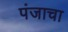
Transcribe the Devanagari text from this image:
पंजाचा